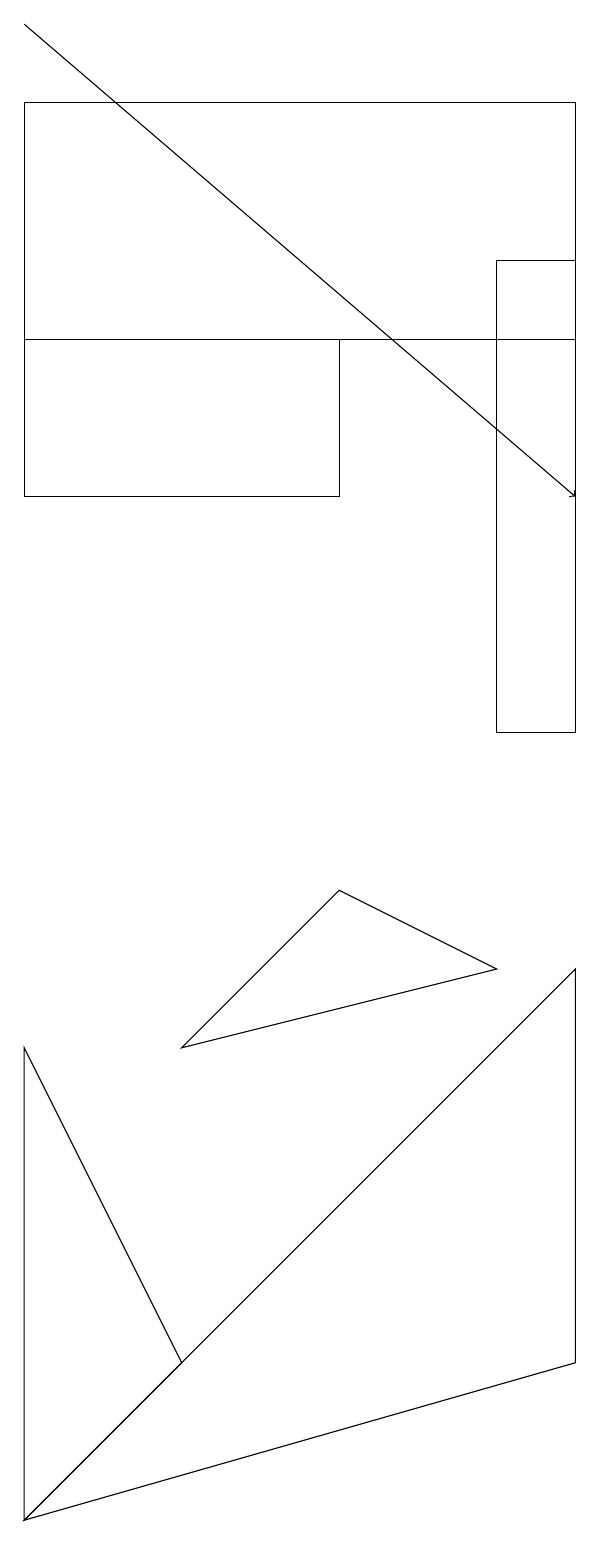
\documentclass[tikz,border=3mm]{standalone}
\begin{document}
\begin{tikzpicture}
\draw (8,10) rectangle (9,16);
\draw (2,6) -- (2,0) -- (4,2) -- cycle;
\draw (9,2) -- (9,7) -- (2,0) -- cycle;
\draw (2,15) rectangle (6,13);
\draw (2,15) rectangle (9,18);
\draw[->] (2,19) -- (9,13);
\draw (6,8) -- (8,7) -- (4,6) -- cycle;
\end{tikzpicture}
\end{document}